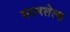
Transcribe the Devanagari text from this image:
सरावलेल्या